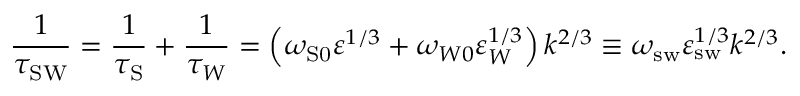
\frac { 1 } { \tau _ { \mathrm { { S W } } } } = \frac { 1 } { \tau _ { \mathrm { S } } } + \frac { 1 } { \tau _ { W } } = \left( { \omega _ { \mathrm { { S } 0 } } \varepsilon ^ { 1 / 3 } + \omega _ { W 0 } \varepsilon _ { W } ^ { 1 / 3 } } \right) k ^ { 2 / 3 } \equiv \omega _ { \mathrm { s w } } \varepsilon _ { \mathrm { { s w } } } ^ { 1 / 3 } k ^ { 2 / 3 } .